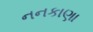
નનકાણા